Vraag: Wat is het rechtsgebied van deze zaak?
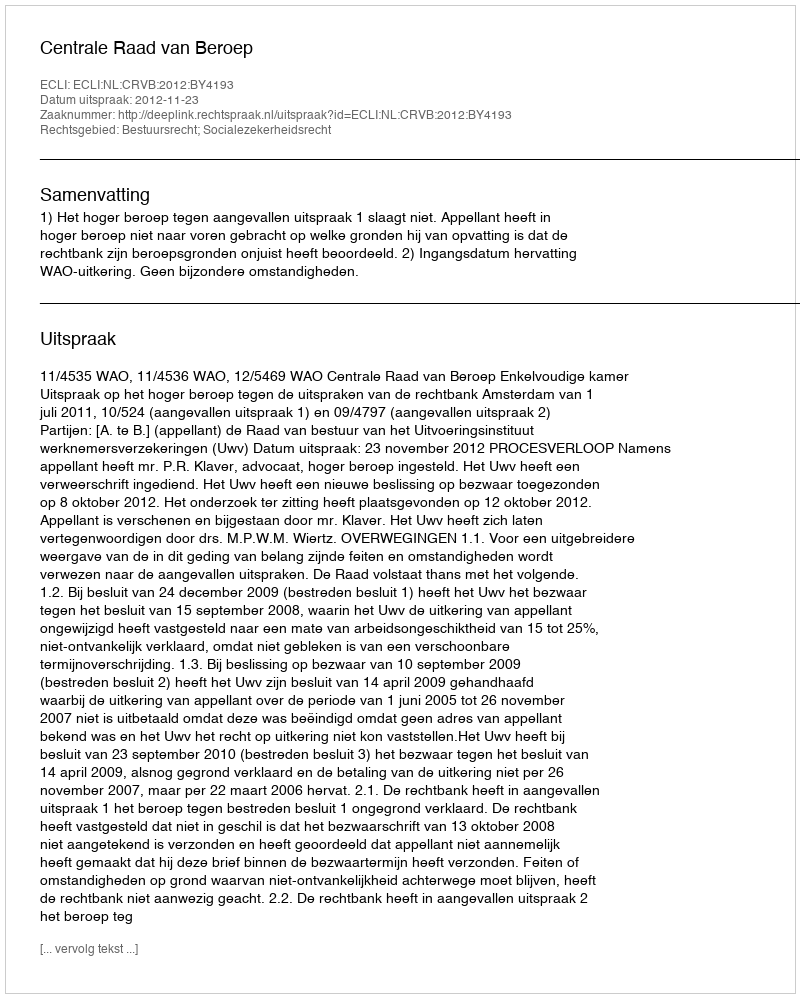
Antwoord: Bestuursrecht; Socialezekerheidsrecht